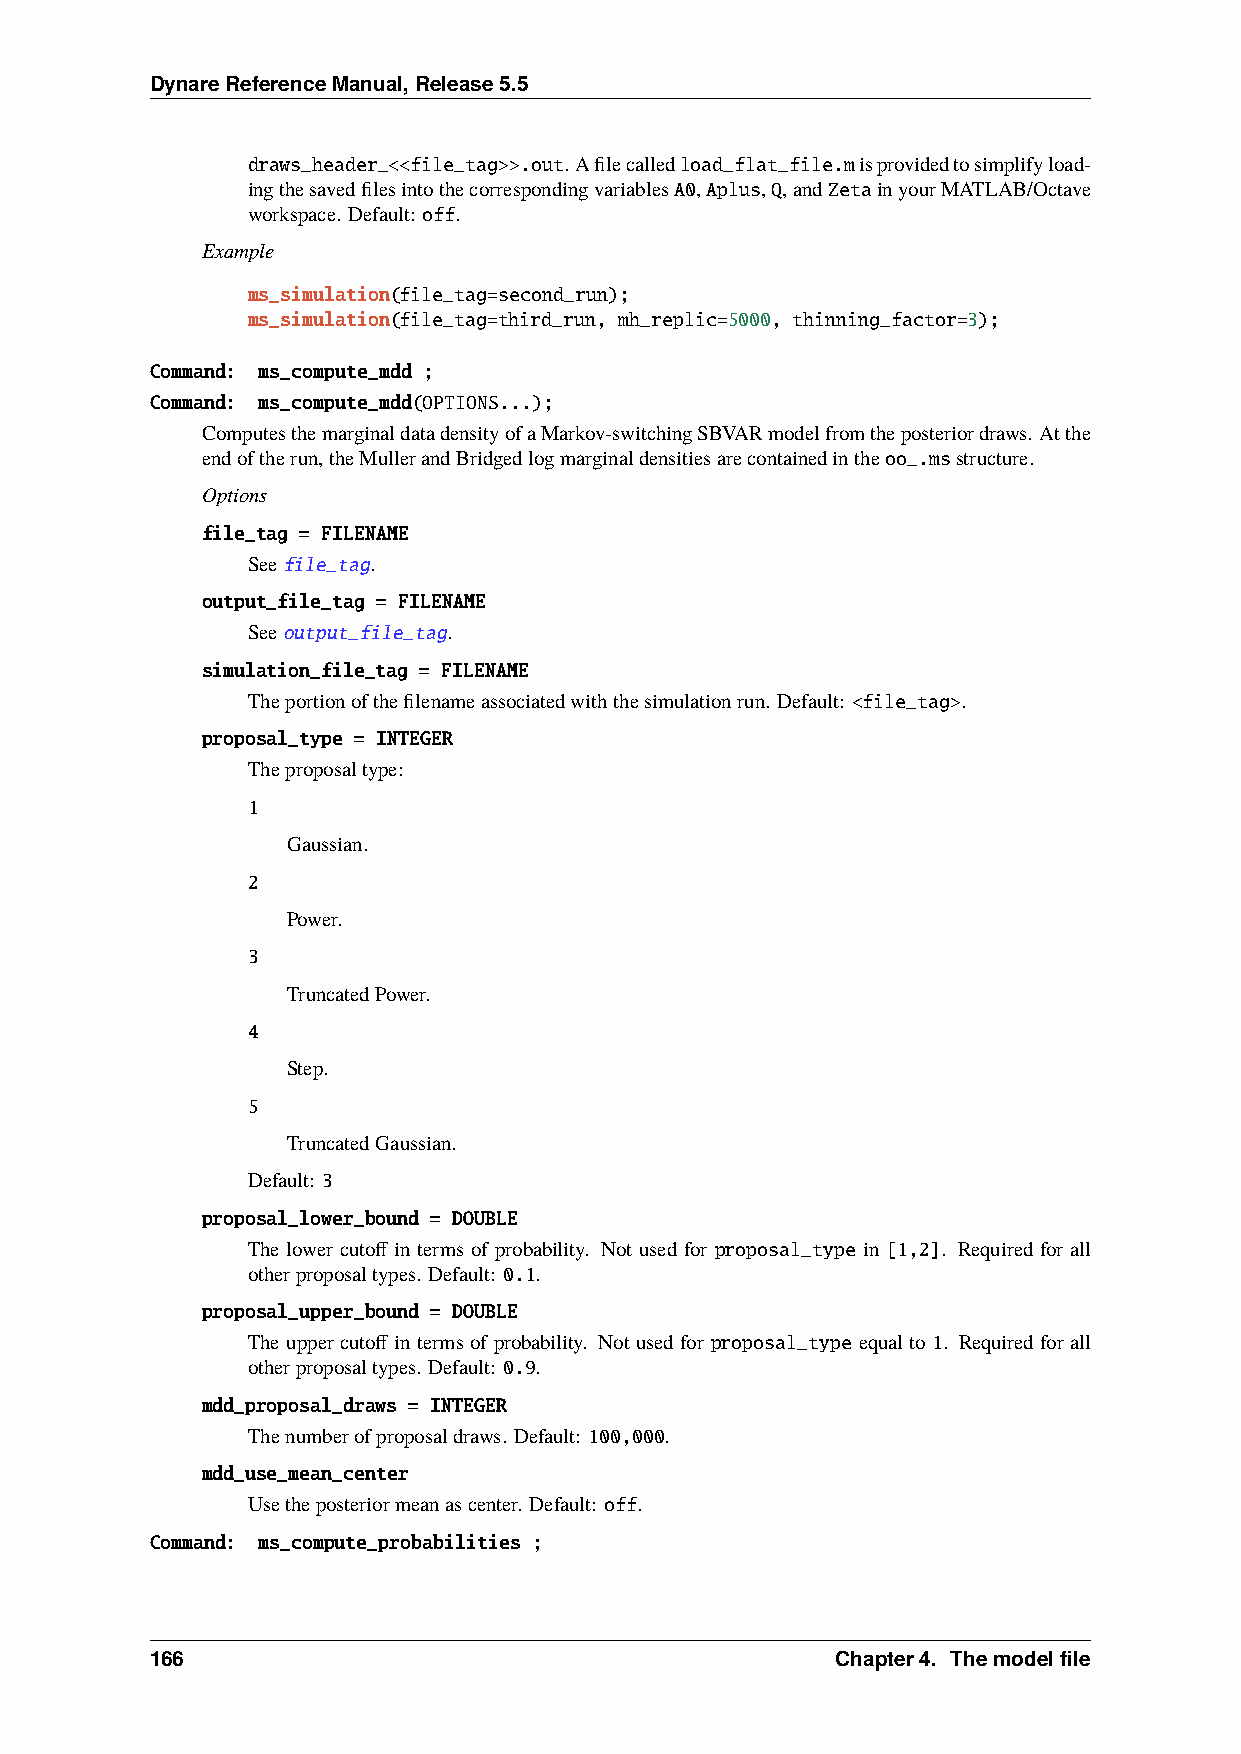
DynareReferenceManual,Release5.5
 draws_header_<<file_tag>>.out. Afilecalledload_flat_file.misprovidedtosimplifyload-
 ingthesavedfilesintothecorrespondingvariablesA0,Aplus,Q,andZetainyourMATLAB/Octave
 workspace. Default: off.
 Example
 ms_simulation(file_tag=second_run);
 ms_simulation(file_tag=third_run, mh_replic=5000, thinning_factor=3);
 Command: ms_compute_mdd ;
 Command: ms_compute_mdd(OPTIONS...);
 ComputesthemarginaldatadensityofaMarkov-switchingSBVARmodelfromtheposteriordraws. Atthe
 endoftherun,theMullerandBridgedlogmarginaldensitiesarecontainedintheoo_.msstructure.
 Options
 file_tag = FILENAME
 Seefile_tag.
 output_file_tag = FILENAME
 Seeoutput_file_tag.
 simulation_file_tag = FILENAME
 Theportionofthefilenameassociatedwiththesimulationrun. Default: <file_tag>.
 proposal_type = INTEGER
 Theproposaltype:
 1
 Gaussian.
 2
 Power.
 3
 TruncatedPower.
 4
 Step.
 5
 TruncatedGaussian.
 Default: 3
 proposal_lower_bound = DOUBLE
 The lower cutoff in terms of probability. Not used for proposal_type in [1,2]. Required for all
 otherproposaltypes. Default: 0.1.
 proposal_upper_bound = DOUBLE
 The upper cutoff in terms of probability. Not used for proposal_type equal to 1. Required for all
 otherproposaltypes. Default: 0.9.
 mdd_proposal_draws = INTEGER
 Thenumberofproposaldraws. Default: 100,000.
 mdd_use_mean_center
 Usetheposteriormeanascenter. Default: off.
 Command: ms_compute_probabilities ;
 166                                          Chapter4. Themodelfile